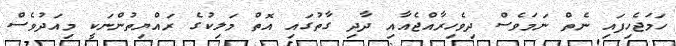
ހަމަޖެހިފައި ނެތް ނަމަވެސް ދިވެހިރާއްޖެއާއި ދާދި ގާތުގައި އޮތް މަލިކުގެ ރައްޔިތުންނަކީ މިއަދުވެސް